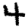
Digit: 4